Burma Government Medical School reports 1907-22
Year: 1907
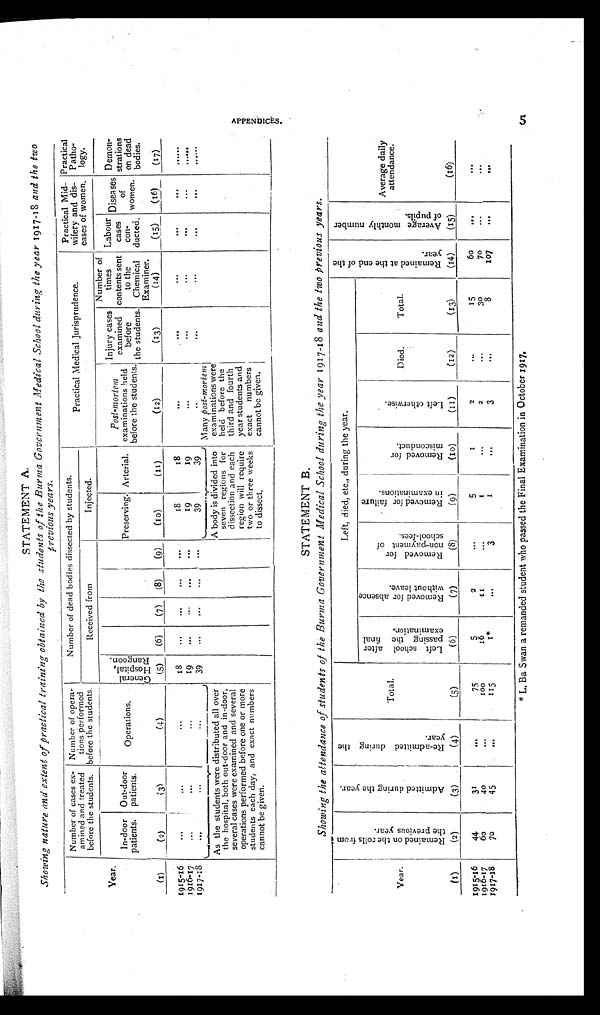
STATEMENT A.
Showing nature and extent of practical training obtained by the students of the Burma Government Medical School during the year 1917-18 and the two
previous years.
Year.
Number of cases ex-
amined and treated
before the students.
Number of opera-
tions performed
before the students.
Number of dead bodies dissected by students.
Practical Medical Jurisprudence.
Practical Mid-
wifery and dis-
eases of women.
Practical
Patho-
logy.
Received from
Injected.
In-door
patients.
Outdoor
patients.
Operations.
General Hospital, Rangoon.
Preserving. Arterial.
Post-mortem
examinations held
before the students.
Injury cases
examined
before
the students.
Number of
times
contents sent
to the
Chemical
Examiner.
Labour
cases
con-
ducted.
Diseases
of
women.
Demon -
strations
on dead
bodies.
( 1 )
( 2 )
(3)
( 4 )
(5)
(6)
(7)
(8)
(9)
(10)
(11)
(12)
(13)
(14)
(15)
(16)
(17)
1915-16
...
...
...
18
...
...
...
...
18
18
...
...
...
...
...
......
1916-17
...
...
...
19
... ...
...
...
19
19
...
...
...
...
...
......
1917-18
...
...
...
39
...
...
...
...
39
39
...
...
...
...
...
......
As the students were distributed all over
the hospital, both out - door and in - door,
several cases were examined and several
operations performed before one or more
students each day, and exact numbers
cannot be given.
A body is divided into
seven regions for
dissection and each
region will require
two or three weeks
to dissect.
Many post-mortem
examinations were
held before the
third and fourth
year students and
exact numbers
cannot be given.
STATEMENT B.
Showing the attendance of students of the Burma Government Medical School during the year 1917 - 18 and the two Previous years.
Year.
R e m a i n e d o n t h e r o l l s f r o m t h e p r e v i o u s y e a r .
A d m i t t e d d u r i n g t h e y e a r .
R e - a d m i t t e d d u r i n g t h e y e a r .
Total.
Left, died, etc., during the year.
R e m a i n e d a t t h e e n d o f t h e y e a r .
A v e r a g e m o n t h l y n u m b e r o f p u p i l s .
Average daily
attendance.
L e f t s c h o o l a f t e r p a s s i n g t h e f i n a l e x a m i n a t i o n .
R e m a i n e d f o r a b s e n c e w i t h o u t l e a v e .
R e m o v e d f o r n o n - p a y m e n t o f s c h o o l - f e e s .
R e m o v e d f o r f a i l u r e i n e x a m i n a t i o n s .
R e m o v e d f o r m i s c o n d u c t .
L e f t o t h e r w i s e .
Died.
Total.
(1)
(2)
(3)
(4)
(5)
(6)
(7)
(8)
(9)
(10)
(11)
(12)
(13)
(14)
(15)
(16)
1915-16
44
31
...
75
5
2
...
5
1
2
...
15
60
...
...
1916-17
60
40
...
100
16
1 1
...
1
...
2
...
30
70
...
...
1917-18
70
45
...
115
1*
...
3
1
...
3
...
8
107
...
...
* L. Ba Swan a remanded student who passed the Final Examination in October 1917. 5